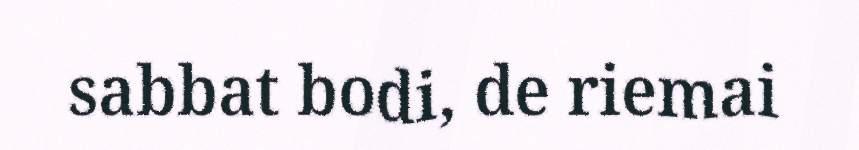
sabbat bodi, de riemai